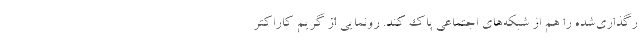
رگذاری‌شده را هم از شبکه‌های اجتماعی پاک کند. رونمایی از گریم کاراکتر